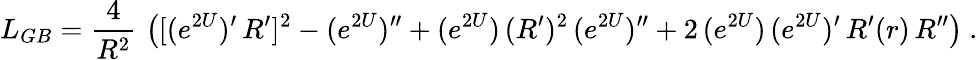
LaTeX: L_{GB}={\frac{4}{R^{2}}}\, \left([(e^{2U})^{\prime}\, R^{\prime}]^{2}-(e^{2U})^{\prime\prime}+(e^{2U})\, (R^{\prime})^{2}\, (e^{2U})^{\prime\prime}+2\, (e^{2U})\, (e^{2U})^{\prime}\, R^{\prime}(r)\, R^{\prime\prime}\right)\ .